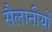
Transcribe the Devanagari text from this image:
सैलानीयों